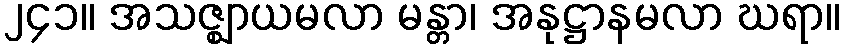
၂၄၁။ အသဇ္ဈာယမလာ မန္တာ၊ အနုဋ္ဌာနမလာ ဃရာ။